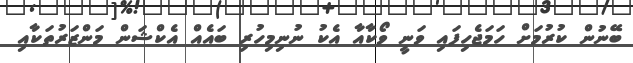
ބޭނުން ކުރުމަށް ހަމަޖެހިފައި ވަނީ ވޯކާއާ އެކު ނުނިމިހުރި ބައެއް އެކްޝަން މަންޒަރުތަކާއި